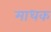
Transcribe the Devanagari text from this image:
माधक